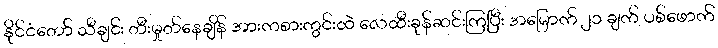
နိုင်ငံတော် သီချင်း တီးမှုတ်နေချိန် အားကစားကွင်းထဲ လေထီးခုန်ဆင်းကြပြီး အမြောက် ၂၁ ချက် ပစ်ဖောက်